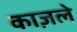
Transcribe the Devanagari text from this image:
काज़ले